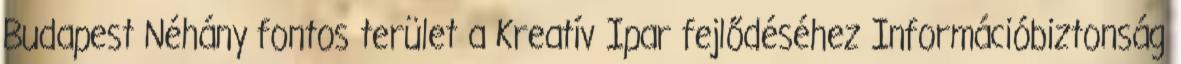
Budapest Néhány fontos terület a Kreatív Ipar fejlődéséhez Információbiztonság